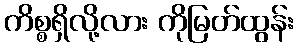
ကိစ္စရှိလို့လား ကိုမြတ်ထွန်း